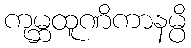
ကုမ္ဘထူဏိကာနမ္ပိ